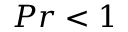
P r < 1